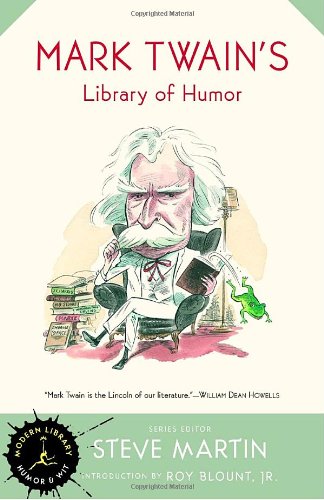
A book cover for Mark Twain's Library of Humor (Modern Library Humor and Wit); Mark Twain; Humor & Entertainment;